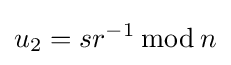
u_{2}=sr^{-1}\,{\bmod {\,}}n